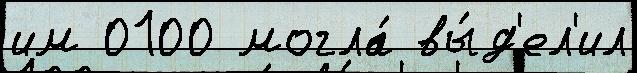
им 0100 могла́ вы́д'ел'ил